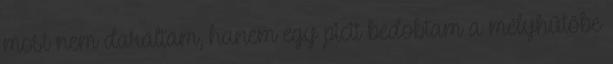
most nem daráltam, hanem egy picit bedobtam a mélyhűtőbe